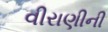
વીરાણીની